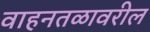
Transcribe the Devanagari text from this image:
वाहनतळावरील